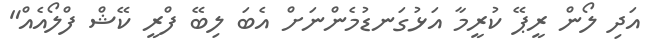
އަދި ލޯން ރީޕޭ ކުރީމާ އަޅުގަނޑުމެންނަށް އެބަ ލިބޭ ފްރީ ކޭޝް ފްލޯއެއް"